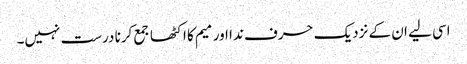
اسی لیے ان کے نزدیک حرف ندا اور میم کا اکٹھا جمع کرنا درست نہیں۔